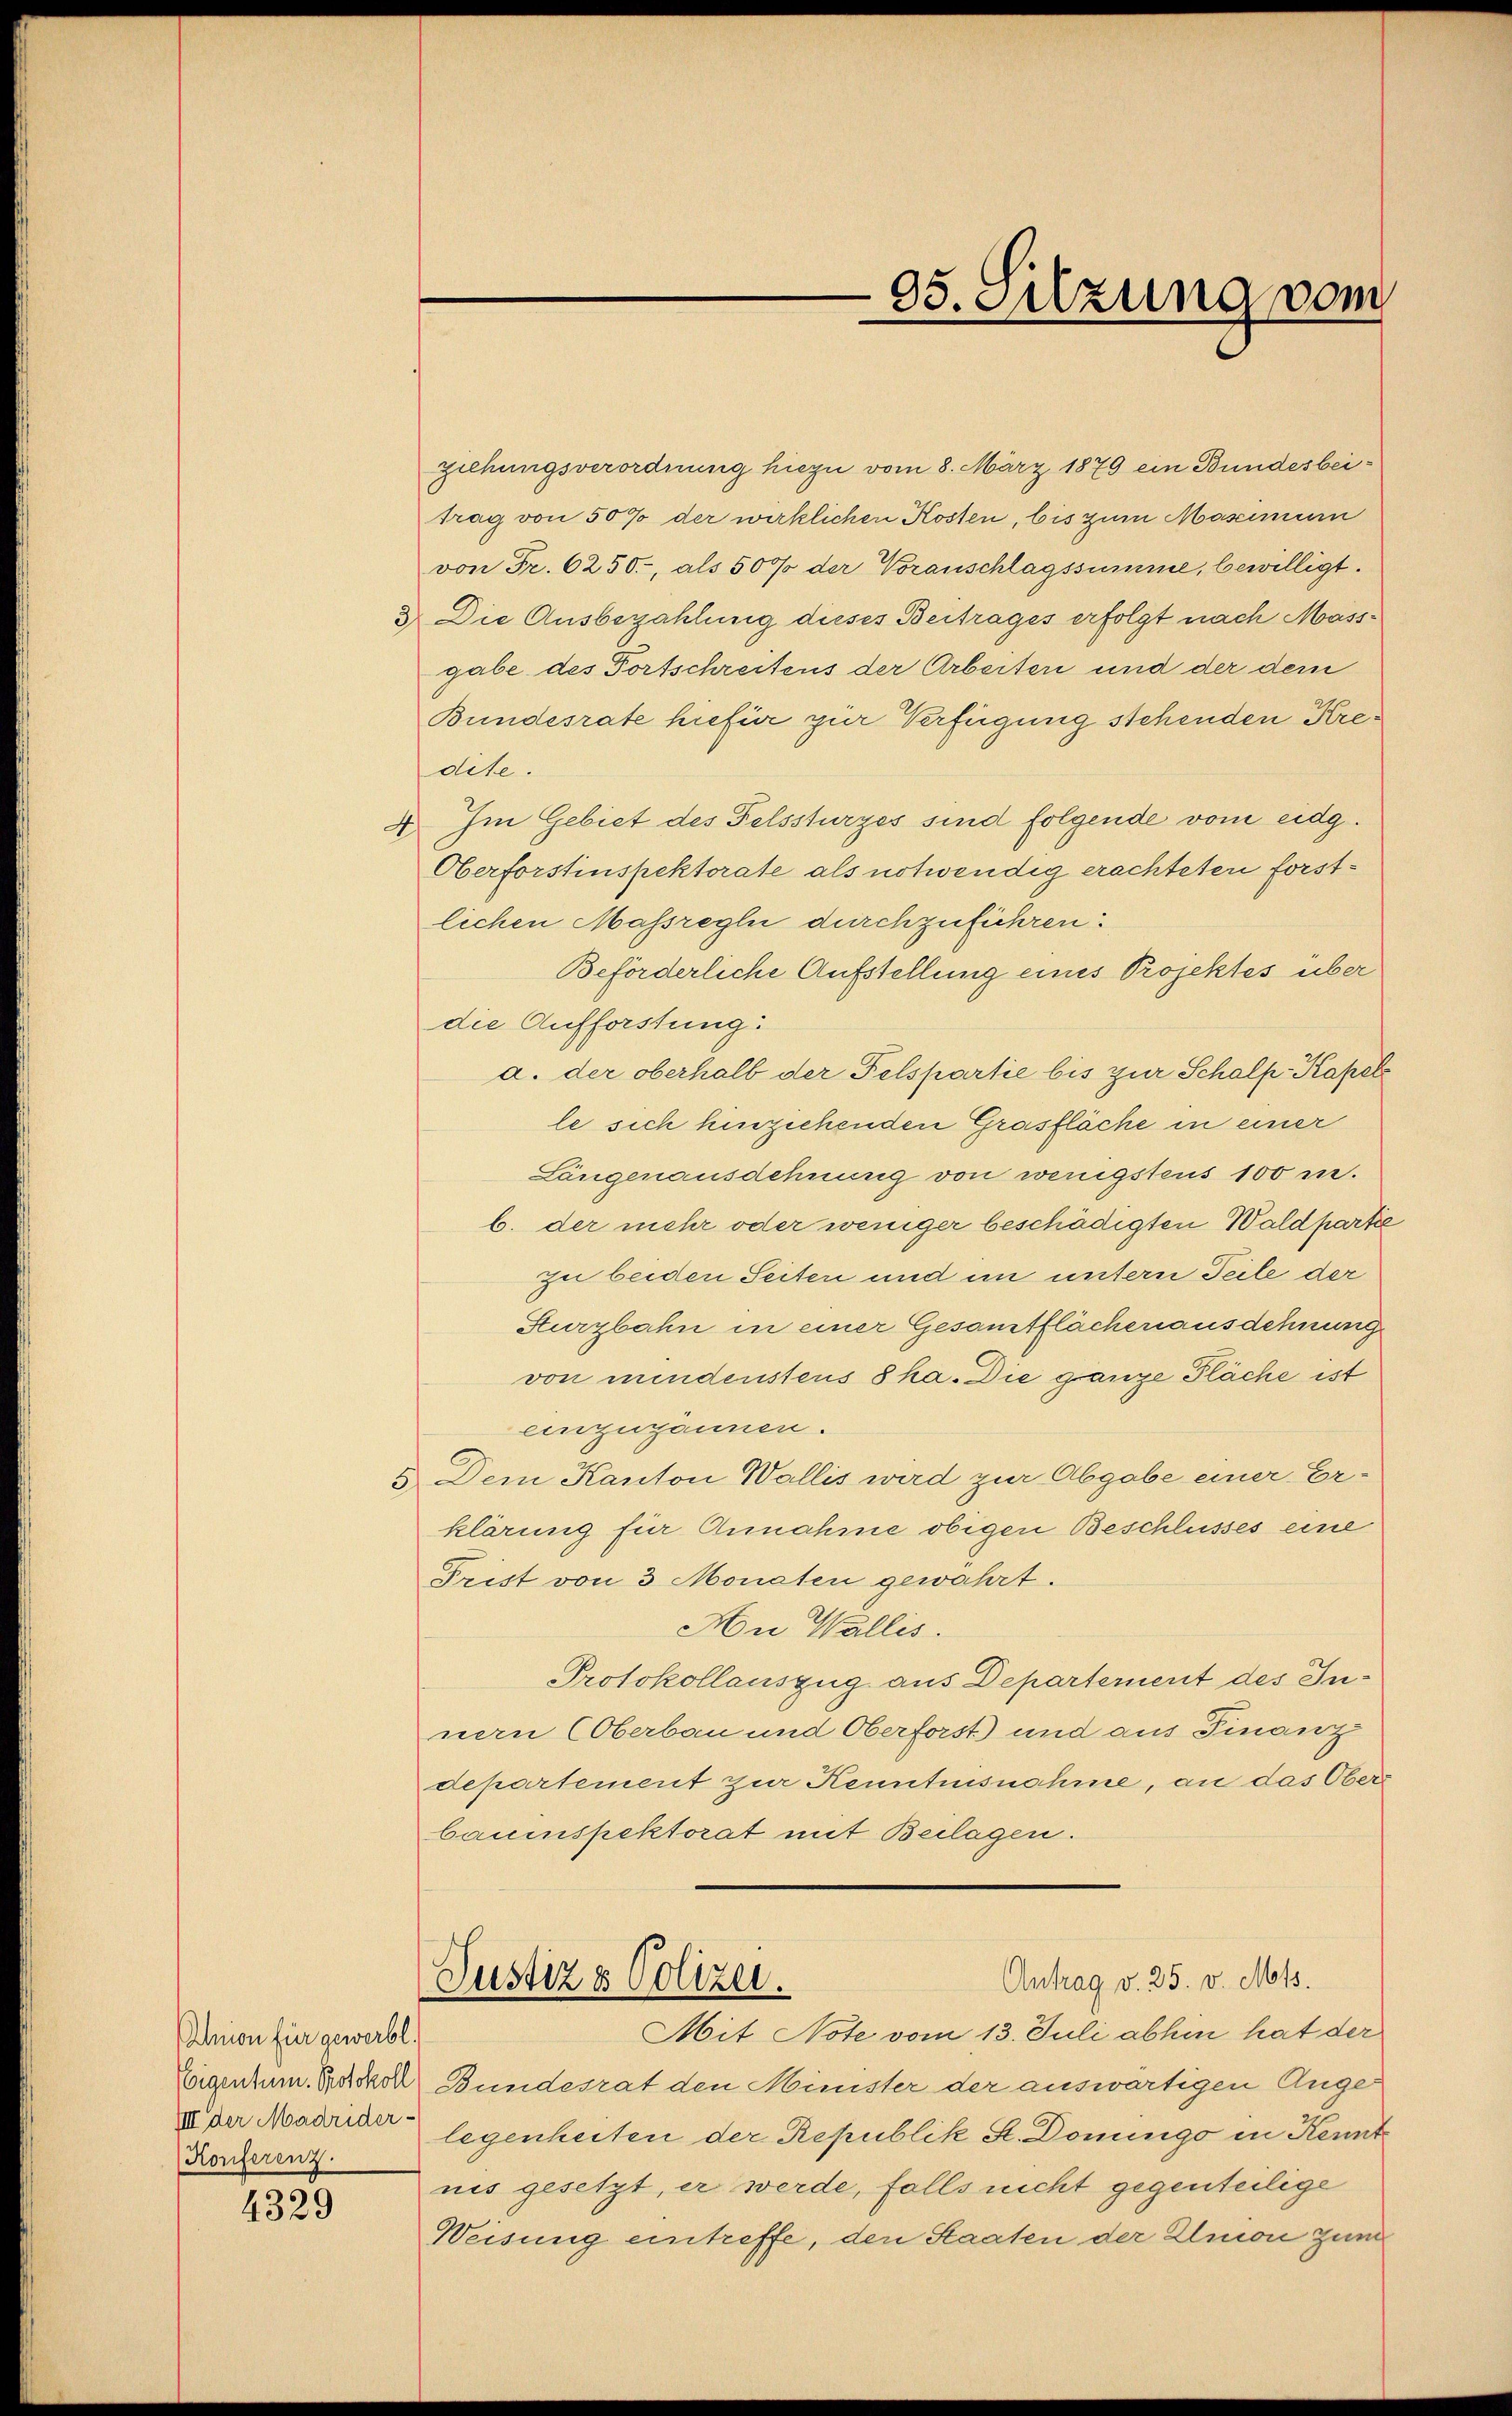
hnion für gewerbl
Konferenz.

4329

ziehungsverordnung hiezu vom 8. März 1879 ein Bundesbeitrag von 50% der wirklichen Kosten, bis zum Mascimum
von Fr. 6250, als 50% der Voranschlagssumme, bewilligt.
3 Die Ausbezahlung dieses Beitrages erfolgt nach Massgabe des Fortschreitens der Arbeiter und der dem
Bundesrate hiefür zur Verfügung stehenden Kredite.
4. Im Gebiet des Felssturzes sind folgende vom eidg.
Oberforstinspektorate als notwendig erachteten forstlichen Massregli durchzuführen:
Beförderliche Aufstellung eines Projektes über
die Aufforstung:
a. der oberhalb der Felspartie bis zur Schalp-Kapel
le sich hinziehenden Grasfläche in einer
Längenausdehnung von wenigstens 100 m.
b. der mehr oder weniger beschädigten Waldpartie
zu beiden Seiter und im untern Teile der
Sturzbahn in einer Gesamtflächenausdehnung
von mindenstens 8 ha. Die ganze Fläche ist
einzugönnen.
5 Dem Kanton Wallis wird zur Abgabe einer Er-
klärung für Annahme obigen Beschlusses eine
Trist von 3 Monaten gewahrt.
An Wallis.
Protokollauszug aus Departernent des Innern (Oberbau und Oberforst) und aus Finanz
departement zur Kenntnisnahme, an das Obers
bauinspektorat mit Beilagen.
Antrag v. 25. v. Mts.
Justiz & Polizei.
Mit Note vom 13. Juli abhin hat der
Eigentum Backob Bundesrat den Minister der auswärtigen Auge
ze der Madrid legenheiten der Republik St. Donngo in Kennt
nis gesetzt, er werde, falls nicht gegenteilige
Weisung eintreffe, den Staaten der Almon zum

95. Sitzung vom